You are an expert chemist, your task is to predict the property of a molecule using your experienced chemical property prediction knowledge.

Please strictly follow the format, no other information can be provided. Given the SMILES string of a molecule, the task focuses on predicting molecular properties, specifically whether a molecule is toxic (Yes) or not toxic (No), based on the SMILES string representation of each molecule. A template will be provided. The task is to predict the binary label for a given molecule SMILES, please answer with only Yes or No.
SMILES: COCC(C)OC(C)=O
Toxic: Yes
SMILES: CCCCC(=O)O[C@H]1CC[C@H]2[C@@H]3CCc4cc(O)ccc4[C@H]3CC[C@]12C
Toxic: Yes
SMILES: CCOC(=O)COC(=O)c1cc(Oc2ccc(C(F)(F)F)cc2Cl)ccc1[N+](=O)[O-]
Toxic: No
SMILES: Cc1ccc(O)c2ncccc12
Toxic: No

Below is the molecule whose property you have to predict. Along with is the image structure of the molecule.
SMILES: CC(C)Oc1ccc2c(=O)c(-c3ccccc3)coc2c1
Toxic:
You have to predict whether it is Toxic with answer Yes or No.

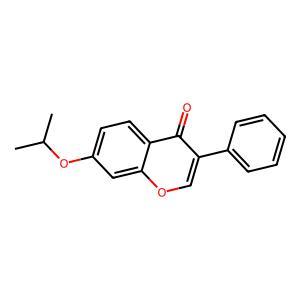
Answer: No